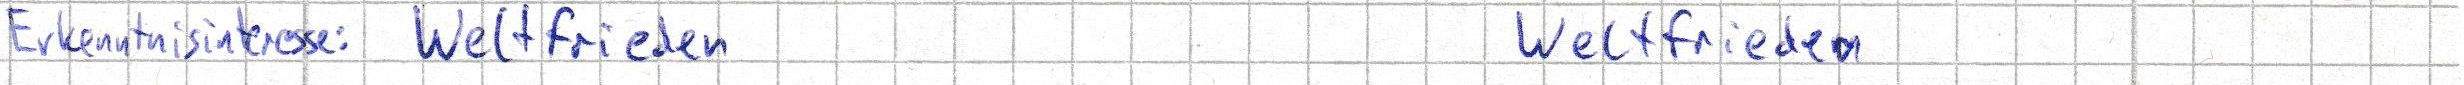
Erkenntnisinteresse: Weltfrieden     Weltfrieden